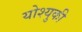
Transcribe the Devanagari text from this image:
योश्युकी